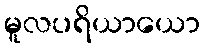
မူလပရိယာယော